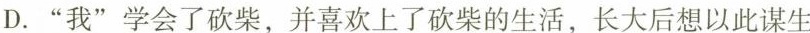
D.”我”学会了砍柴，并喜欢上了饮的生活，长大后想以此谋生